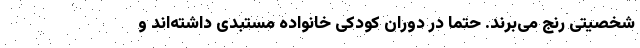
شخصیتی رنج می‌برند. حتما در دوران کودکی خانواده مستبدی داشته‌اند و